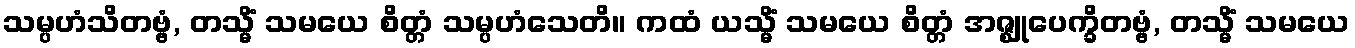
သမ္ပဟံသိတဗ္ဗံ, တသ္မိံ သမယေ စိတ္တံ သမ္ပဟံသေတိ။ ကထံ ယသ္မိံ သမယေ စိတ္တံ အဇ္ဈုပေက္ခိတဗ္ဗံ, တသ္မိံ သမယေ